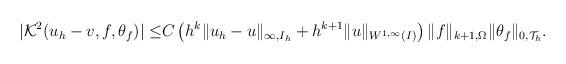
LaTeX: \begin{align*}\begin{aligned}|\mathcal{K}^2(u_h - v,f,\theta_f)| \leq& C\left(h^k\|u_h - u\|_{\infty,I_h} + h^{k+1}\|u\|_{W^{1,\infty}(I)}\right)\|f\|_{k+1,\Omega} \|\theta_f\|_{0,\mathcal{T}_h}.\end{aligned}\end{align*}